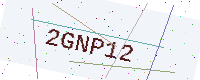
Text: 2GNP12